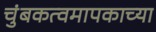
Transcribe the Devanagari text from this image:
चुंबकत्वमापकाच्या